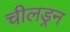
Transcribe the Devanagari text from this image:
चीलड्रन